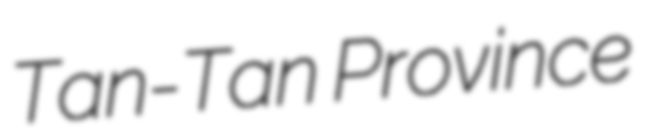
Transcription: Tan-Tan Province